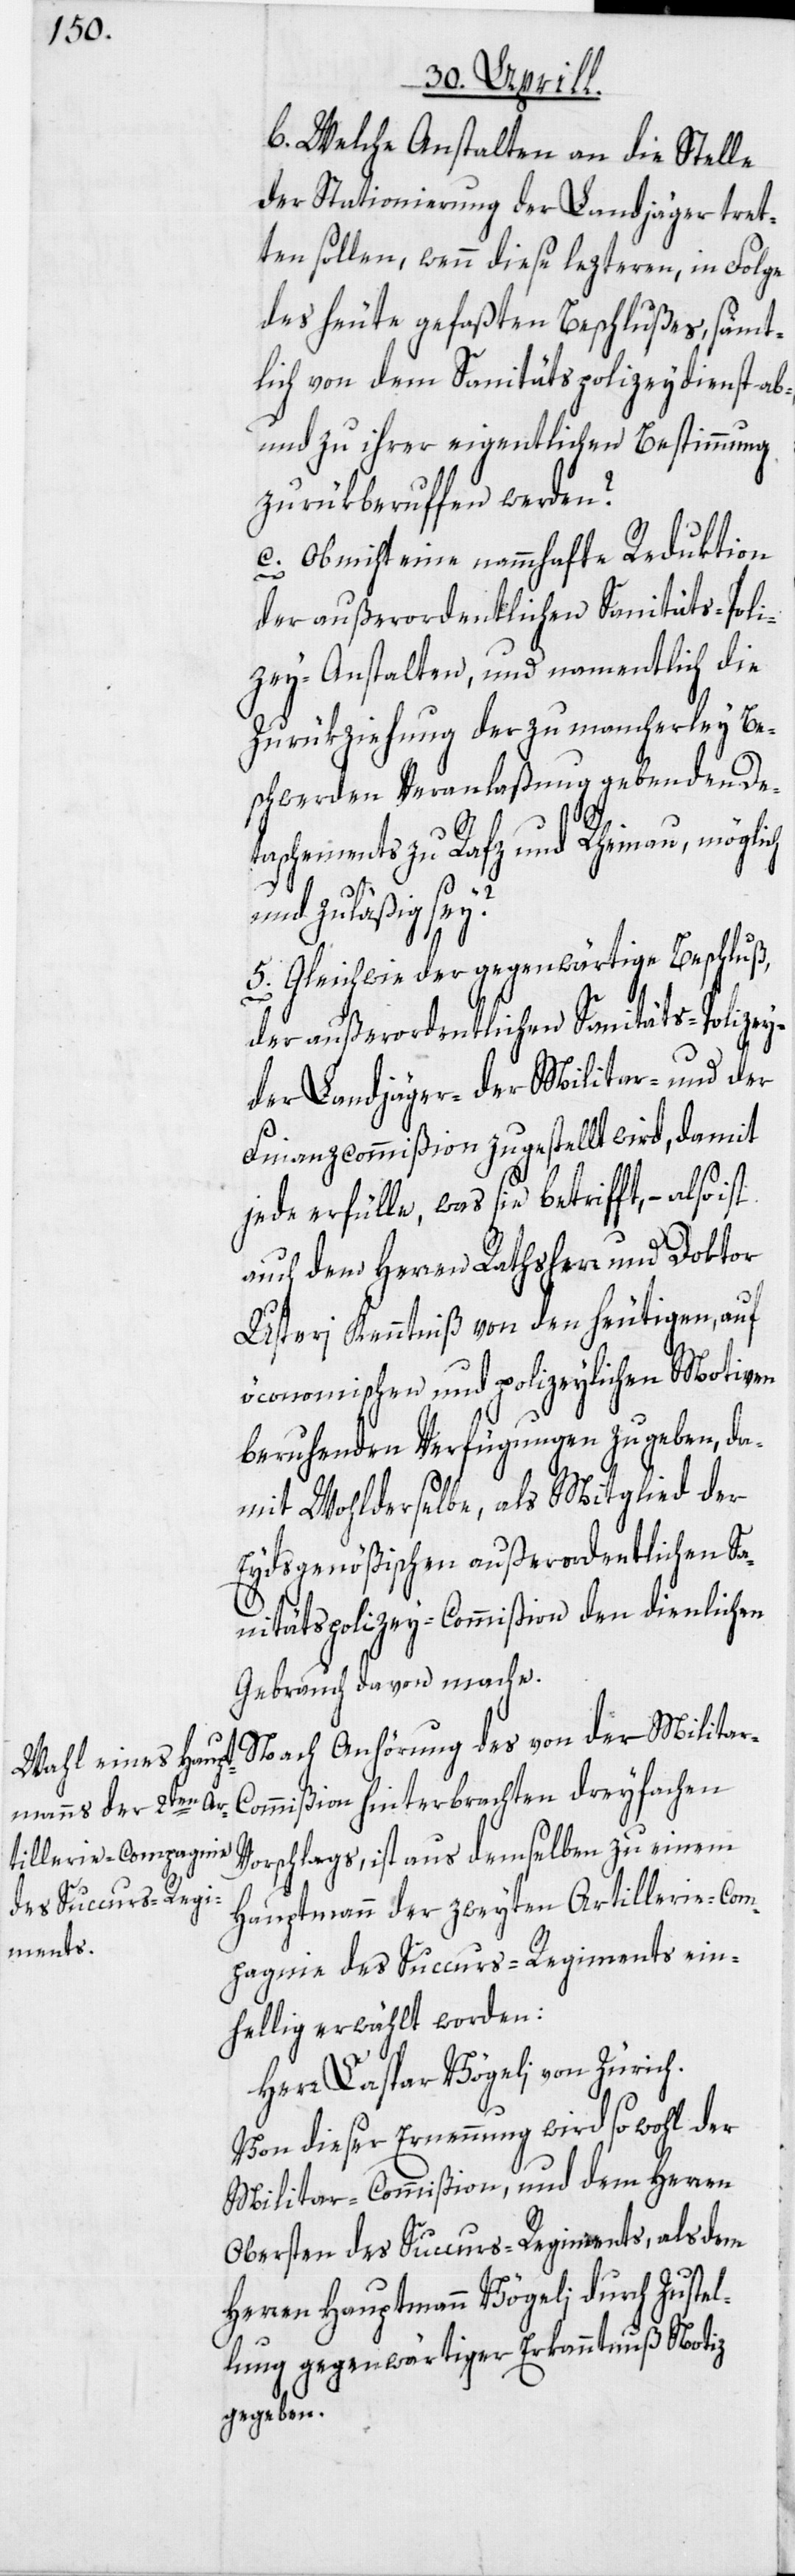
b. Welche Anstalten an die Stelle
der Stationierung der Landjäger tret¬
ten sollen, wenn diese lezteren, in Folge
des heute gefaßten Beschlußes, sämt¬
lich von dem Sanitätspolizeydienst ab-
und zu ihrer eigentlichen Bestimmung
zurükberuffen werden?
c. Ob nicht eine nammhafte Reduktion
der außerordentlichen Sanitäts-Poli¬
zey-Anstalten, und namentlich die
Zurükziehung der zu mancherley Be¬
schwerden Veranlaßung gebenden De¬
taschements zu Rafz und Rheinau, möglich
y-[,]
und zuläßig sei?
5. Gleichwie der gegenwärtige Beschluß,
der außerordentlichen Sanitäts-Polize¬
der Landjäger-[,] der Militar- und der
Finanzcommißion zugestellt wird, damit
jede erfülle, was sie betrifft, – also
auch dem Herren Rathsherr und Doktor
Usteri Kenntniß von den heutigen, auf
öconomischen und polizeylichen Motiven
beruhenden Verfügungen zu geben, da¬
mit Wohlderselbe, als Mitglied der
Eydsgenößischen außerordentlichen Sa¬
nitätspolizey-Commißion den dienlichen
Gebrauch davon mache.
Nach Anhörung des von der Militar-C¬
ommißion hinterbrachten dreyfachen
Vorschlags, ist aus demselben zu einem
Hauptmann der zweyten Artillerie-Com¬
pagnie des Succurs-Regiments ein¬
hellig erwählt worden:
Herr Kaspar Vögeli von Zürich.
Von dieser Ernennung wird so wohl der
Militar-Commißion, und dem Herren
Obersten des Succurs-Regiments, als dem
Herren Hauptmann Vögeli durch Zustel¬
lung gegenwärtiger Erkanntnuß Notiz
gegeben.